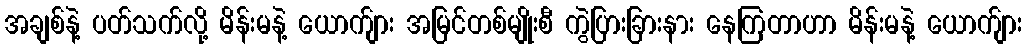
အချစ်နဲ့ ပတ်သက်လို့ မိန်းမနဲ့ ယောက်ျား အမြင်တစ်မျိုးစီ ကွဲပြားခြားနား နေကြတာဟာ မိန်းမနဲ့ ယောက်ျား